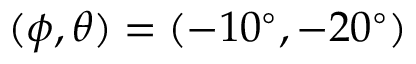
( \phi , \theta ) = ( - 1 0 ^ { \circ } , - 2 0 ^ { \circ } )